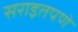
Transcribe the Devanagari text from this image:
सराइतपणे